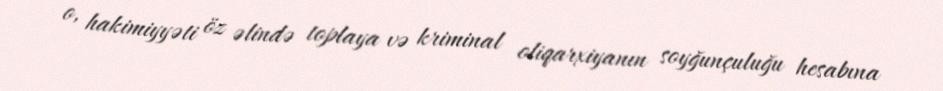
o, hakimiyyəti öz əlində toplaya və kriminal oliqarxiyanın soyğunçuluğu hesabına